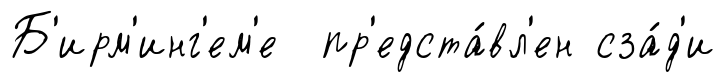
Б'ирм'инг'ем'е пр'едста́вл'ен сза́д'и